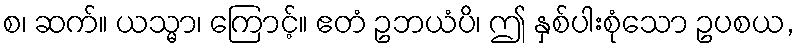
စ၊ ဆက်။ ယသ္မာ၊ ကြောင့်။ ဧတံ ဥဘယံပိ၊ ဤ နှစ်ပါးစုံသော ဥပစယ,